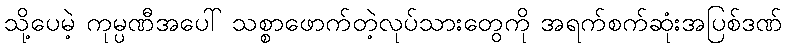
သို့ပေမဲ့ ကုမ္ပဏီအပေါ် သစ္စာဖောက်တဲ့လုပ်သားတွေကို အရက်စက်ဆုံးအပြစ်ဒဏ်